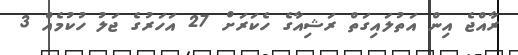
ރާއްޖެ އިން އަތުލައިގަތް ރަޝިއާގެ ހެކަރަށް 27 އަހަރުގެ ޖަލު ހުކުމެއް 3